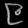
Digit: ၉